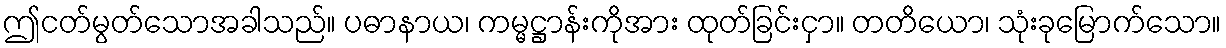
ဤငတ်မွတ်သောအခါသည်။ ပဓာနာယ၊ ကမ္မဋ္ဌာန်းကိုအား ထုတ်ခြင်းငှာ။ တတိယော၊ သုံးခုမြောက်သော။